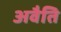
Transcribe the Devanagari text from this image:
अवैति